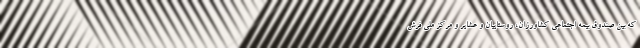
که بین صندوق بیمه اجتماعی کشاورزان، روستاییان و عشایر و مرکز ملی فرش